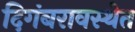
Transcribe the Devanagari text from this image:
दिगंबरावस्थेत